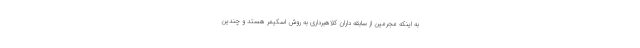
به اینکه مجرمین از سابقه داران کلاهبرداری به روش اسکیمر هستد و چندین